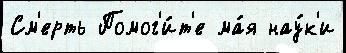
См'ерть Помог'и́т'е ма́я нау́к'и